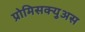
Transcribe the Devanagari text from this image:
प्रोमिसक्युअस